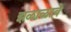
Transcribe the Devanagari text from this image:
झळाळावे